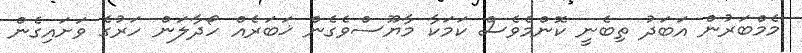
މެމްބަރުން އަބަދު ތިބެނީ ކޮންމެވެސް ކަމަކާ މާޔޫސްވެގެން ޚަބަރެއް ހޯދާލަން ހަރުގެ ވަށައިގެން